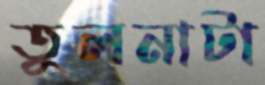
তুলনাটা